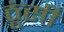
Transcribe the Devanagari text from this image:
ठूंसी